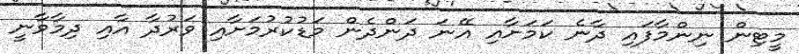
މީޓިން ނިންމާފައި ދާނެ ކަމަށާއި އޭނަ ދަންދެން މަޑުކުރުމަށާއި ވަރުދާ އާއި ދިމާވާނީ